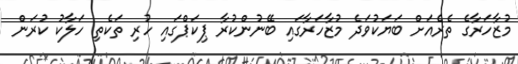
މުޒާހަރާގެ ތެރެއަށް ބަޔަކުވަދެ މުޒާހަރާގައި ބޭނުންކުރާ ޕިކަޕްގައި ހުރި ތަކެތި ހަލާކު ކުރަން